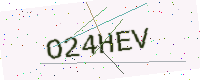
Text: O24HEV